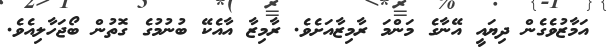
އަމާޒުވެގެން ދިޔައީ އޭނާގެ މަންމަ ރާމިޒާއަށެވެ. ރާމިޒާ އާއެކޭ ބުނުމުގެ ގޮތުން ބޯޖަހާލިއެވެ.